Civil Veterinary Department Bihar & Orissa reports 1929-36 - 1929-1936
Year: 1929
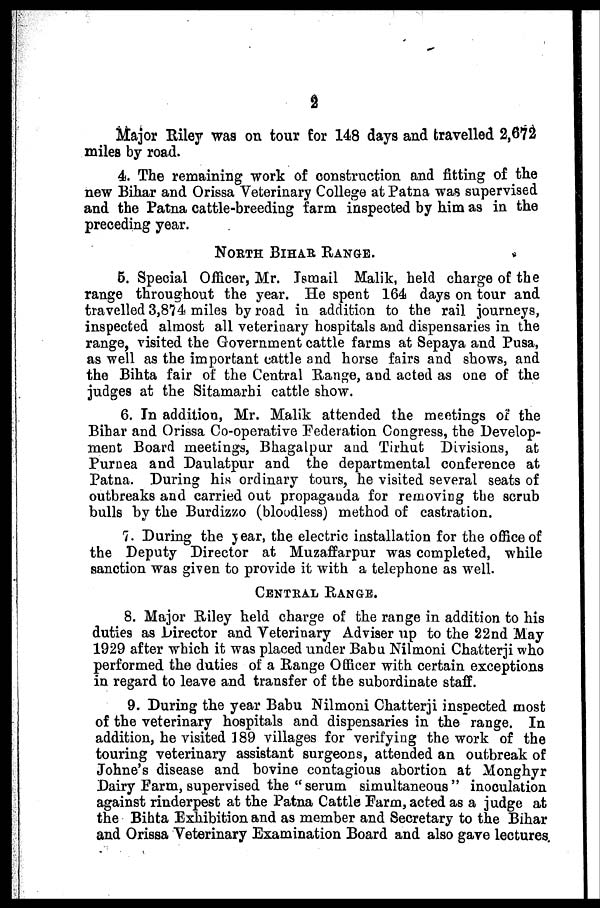
2
Major Riley was on tour for 148 days and travelled 2,672
miles by road.
4. The remaining work of construction and fitting of the
new Bihar and Orissa Veterinary College at Patna was supervised
and the Patna cattle-breeding farm inspected by him as in the
preceding year.
NORTH BIHAR RANGE.
5. Special Officer, Mr. Ismail Malik, held charge of the
range throughout the year. He spent 164 days on tour and
travelled 3,874 miles byroad in addition to the rail journeys,
inspected almost all veterinary hospitals and dispensaries in the
range, visited the Government cattle farms at Sepaya and Pusa,
as well as the important cattle and horse fairs and shows, and
the Bihta fair of the Central Range, and acted as one of the
judges at the Sitamarhi cattle show.
6. In addition, Mr. Malik attended the meetings or the
Bihar and Orissa Co-operative Federation Congress, the Develop-
ment Board meetings, Bhagalpur and Tirhut Divisions, at
Purnea and Daulatpur and the departmental conference at
Patna. During his ordinary tours, he visited several seats of
outbreaks and carried out propaganda for removing the scrub
bulls by the Burdizzo (bloodless) method of castration.
7. During the year, the electric installation for the office of
the Deputy Director at Muzaffarpur was completed, while
sanction was given to provide it with a telephone as well.
CENTRAL RANGE.
8. Major Riley held charge of the range in addition to his
duties as Director and Veterinary Adviser up to the 22nd May
1929 after which it was placed under Babu Nilmoni Chatterji who
performed the duties of a Range Officer with certain exceptions
in regard to leave and transfer of the subordinate staff.
9. During the year Babu Nilmoni Chatterji inspected most
of the veterinary hospitals and dispensaries in the range. In
addition, he visited 389 villages for verifying the work of the
touring veterinary assistant surgeons, attended an outbreak of
Johne's disease and bovine contagious abortion at Monghyr
Dairy Farm, supervised the "serum simultaneous" inoculation
against rinderpest at the Patna Cattle Farm, acted as a judge at
the Bihta Exhibition and as member and Secretary to the Bihar
and Orissa Veterinary Examination Board and also gave lectures.